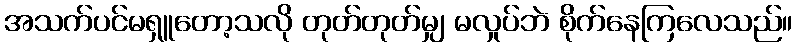
အသက်ပင်မရှူတော့သလို တုတ်တုတ်မျှ မလှုပ်ဘဲ စိုက်နေကြလေသည်။